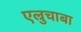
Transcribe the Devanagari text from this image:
एल्रुचाबा